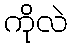
ကိုလဲ